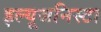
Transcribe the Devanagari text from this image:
इल्‍यूजनिस्‍टा